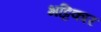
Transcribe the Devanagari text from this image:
भट्टिकार